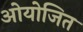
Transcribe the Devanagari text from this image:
ओयोजित